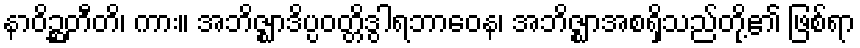
နာဝိဉ္ဆတီတိ၊ ကား။ အဘိဇ္ဈာဒိပ္ပဝတ္တိဒွါရဘာဝေန၊ အဘိဇ္ဈာအစရှိသည်တို့၏ ဖြစ်ရာ